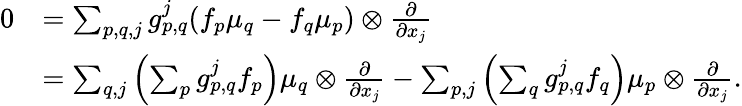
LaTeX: \begin{array}{rl}{0}&{=\sum_{p,q,j}g_{p,q}^{j}(f_{p}\mu_{q}-f_{q}\mu_{p})\otimes\frac{\partial}{\partial x_{j}}}\\ &{=\sum_{q,j}\left(\sum_{p}g_{p,q}^{j}f_{p}\right)\mu_{q}\otimes\frac{\partial}{\partial x_{j}}-\sum_{p,j}\left(\sum_{q}g_{p,q}^{j}f_{q}\right)\mu_{p}\otimes\frac{\partial}{\partial x_{j}}.}\end{array}